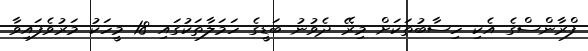
ފްރާންސްގެ އެކި ހިސާބުތަކަށް މިރޭ ދެވުނު ބަޑީގެ ހަމަލާތަކުގައި 18 މީހަކު މަރުވެފައިވާ